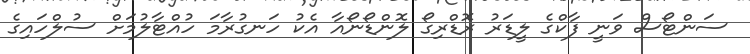
ސަންޓޯސް ވަނީ ފާކްގެ ލީޑަރު ރޮޑްރިގޯ ލޮންޑޯނޯއާ އެކު ހަނގުރާމަ ހުއްޓާލުމަށް ސުލްހައިގެ